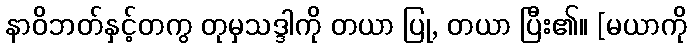
နာဝိဘတ်နှင့်တကွ တုမှသဒ္ဒါကို တယာ ပြု, တယာ ပြီး၏။ [မယာကို